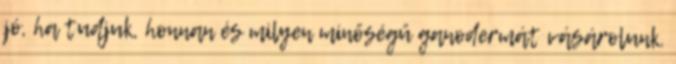
jó, ha tudjuk, honnan és milyen minőségű ganodermát vásárolunk.